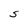
Character: S